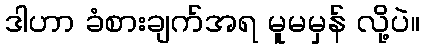
ဒါဟာ ခံစားချက်အရ မူမမှန် လို့ပဲ။